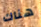
هناك